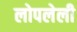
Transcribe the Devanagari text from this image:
लोपलेली